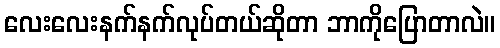
လေးလေးနက်နက်လုပ်တယ်ဆိုတာ ဘာကိုပြောတာလဲ။